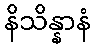
နိသိန္နာနံ